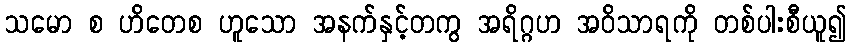
သမော စ ဟိတေစ ဟူသော အနက်နှင့်တကွ အရိဂ္ဂဟ အဝိသာရကို တစ်ပါးစီယူ၍